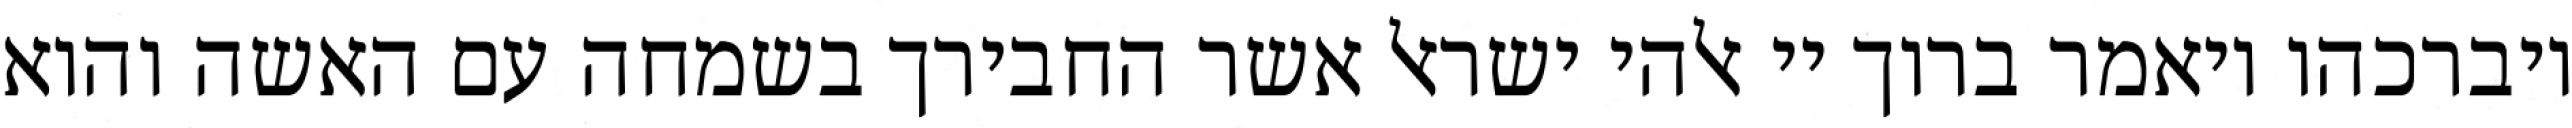
ויברכהו ויאמר ברוך יי אלהי ישראל אשר החבירך בשמחה עם האשה והוא